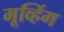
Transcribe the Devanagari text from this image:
मूव्हिंग